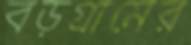
বড়গ্রামের